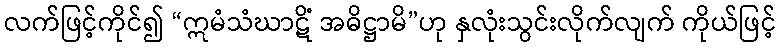
လက်ဖြင့်ကိုင်၍ “ဣမံသံဃာဋိံ အဓိဋ္ဌာမိ”ဟု နှလုံးသွင်းလိုက်လျက် ကိုယ်ဖြင့်